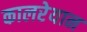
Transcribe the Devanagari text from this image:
कालरेयान